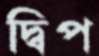
দ্বিপ